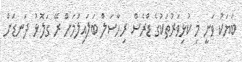
ބަޔަކު ވަނީ މި ކުޅިވަރުތަކުގެ ޑްރެސް ރިހާސަލް ބަލައިލުމަށް ރޭ ގަލޮޅު ދަނޑަށް